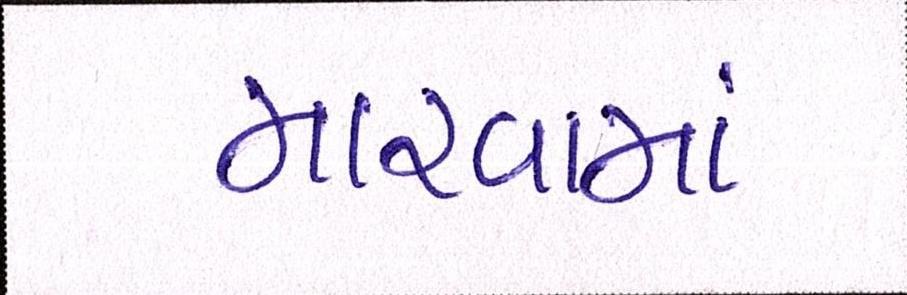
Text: મારવામાં